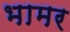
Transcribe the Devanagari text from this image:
भामर